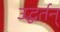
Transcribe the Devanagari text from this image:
उद्धर्तन्